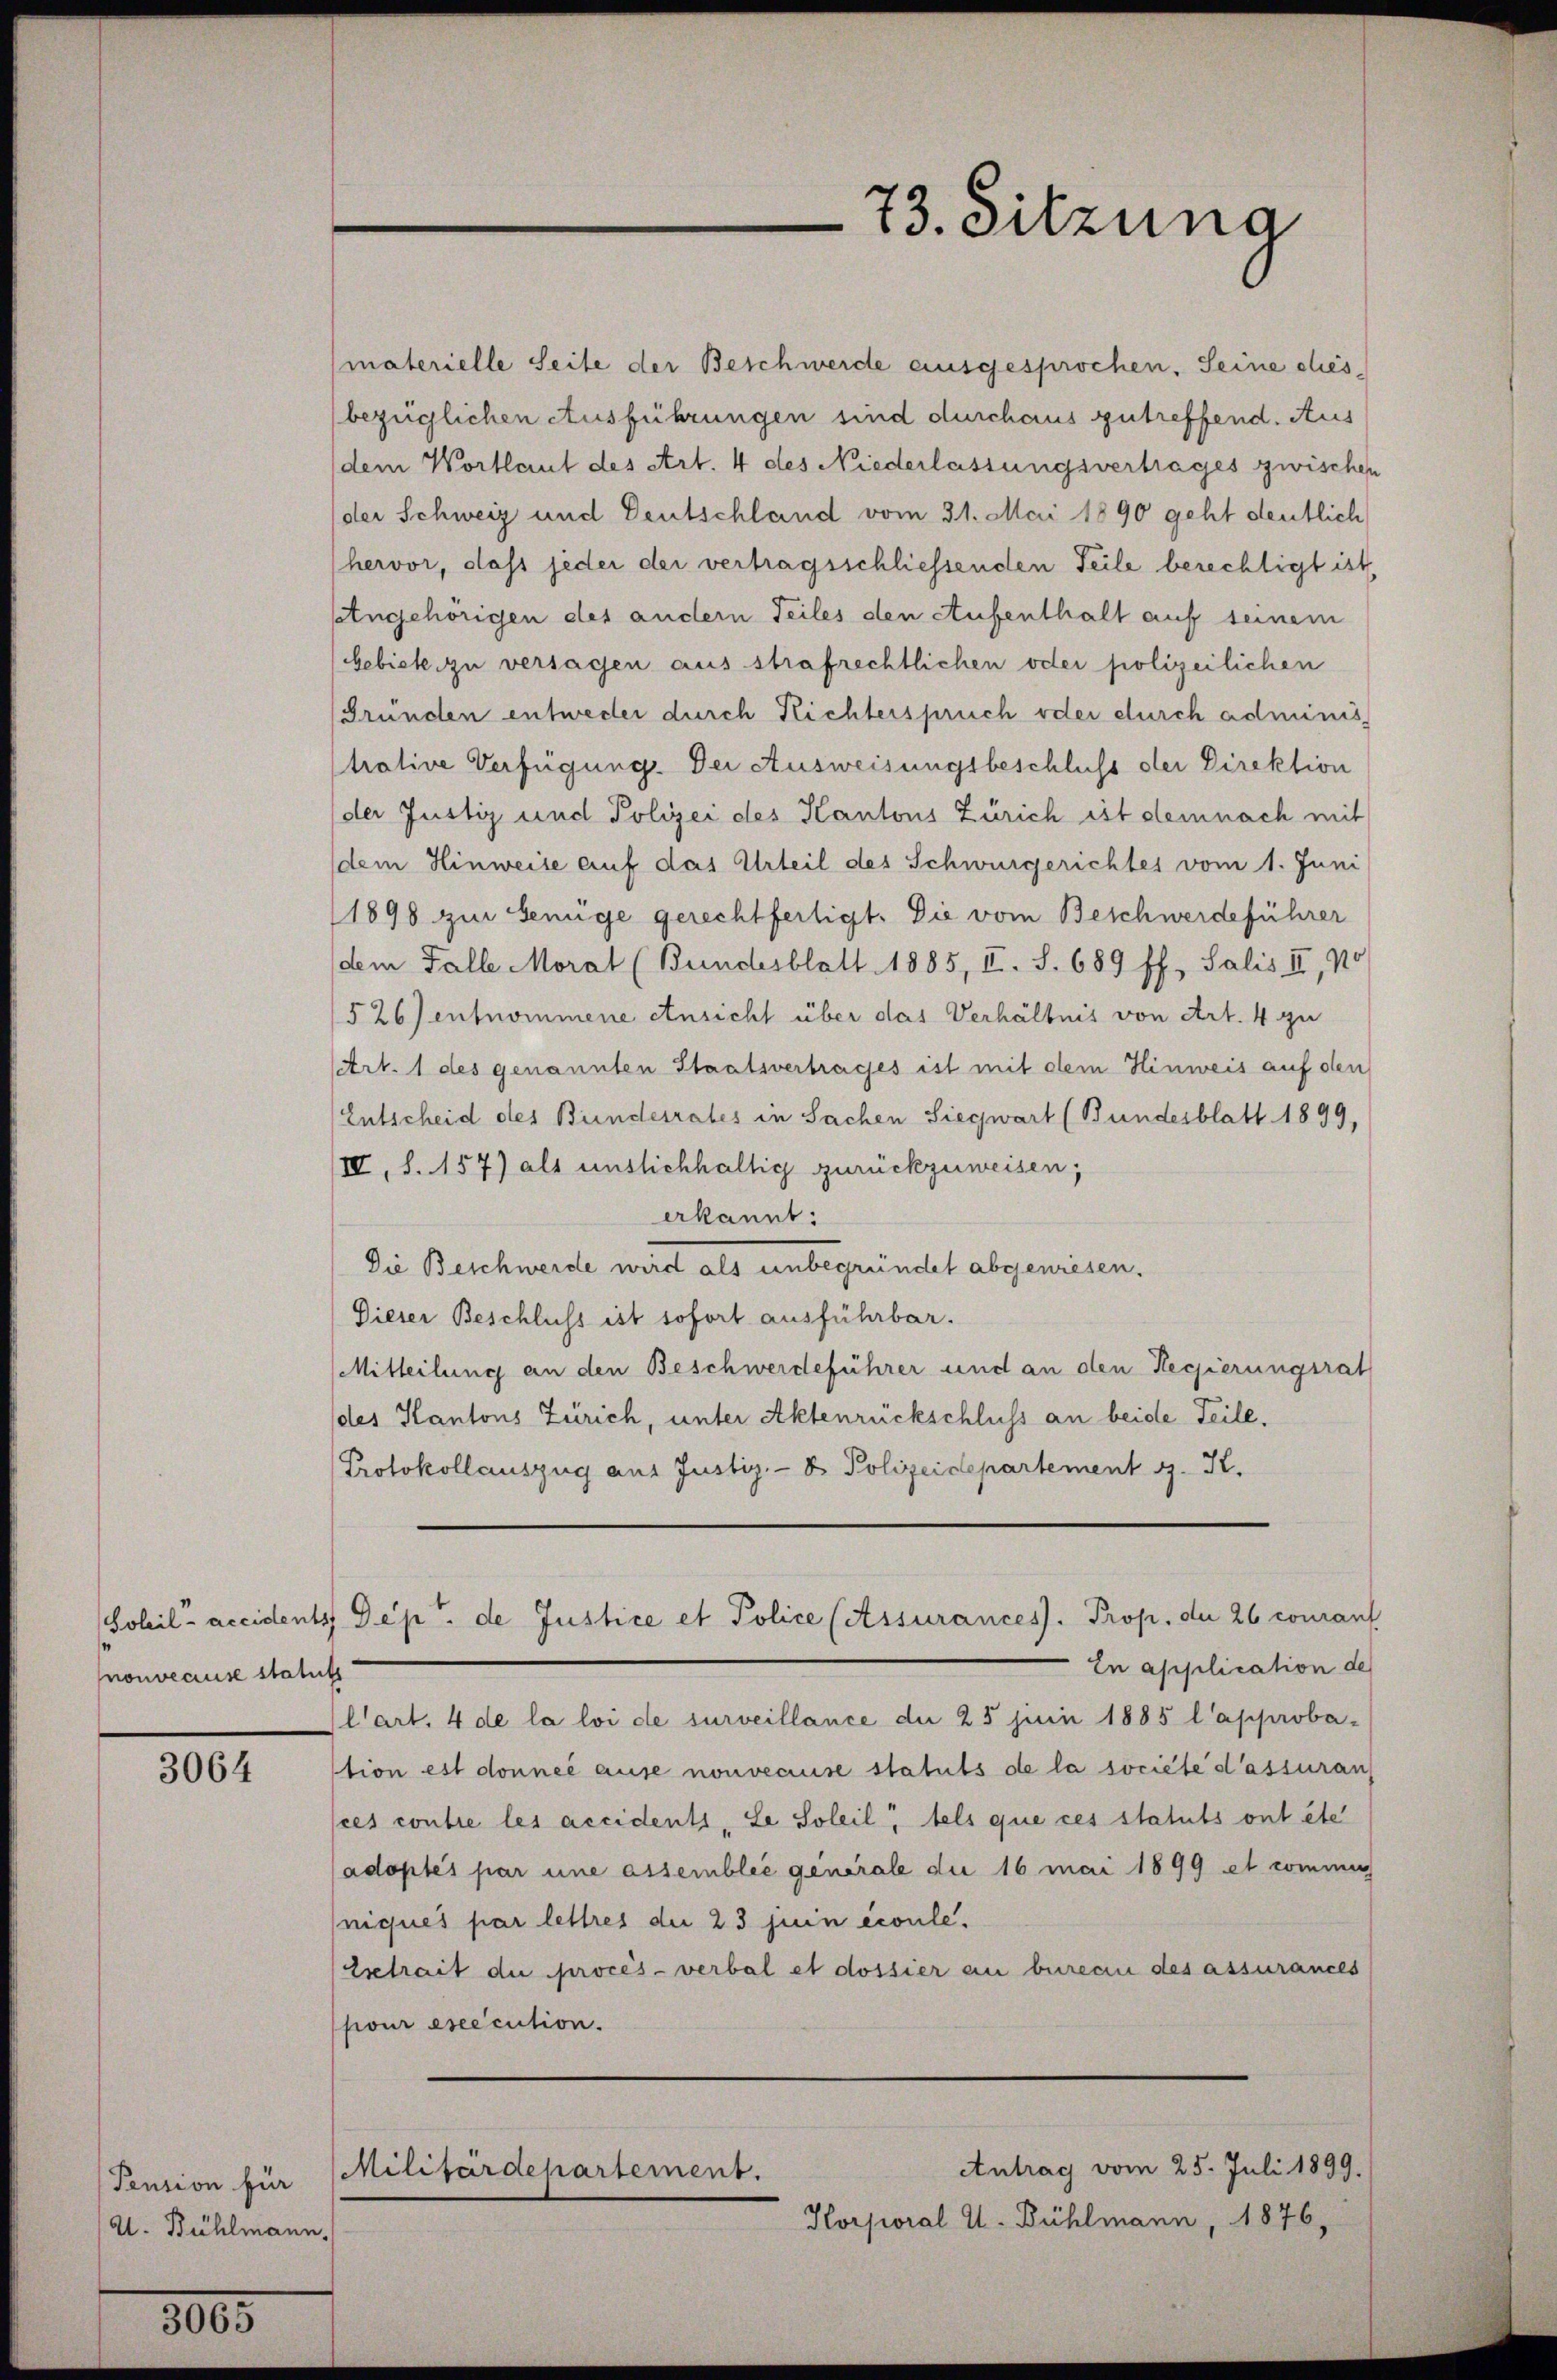
Soleil- accidents
nouveause stat

3064

Pension für
A. Bühlmann,

8005

73. Sitzung

materielle Seite der Beschwerde ausgesprochen. Seine chies
(bezüglichen Ausführungen sind durchaus getreffend. Aus
dem Wortlaut des Art. 4 des Niederlassungsvertrages zwischen
der Schweiz und Deutschland vom 31. Mai 1890 geht deutlich
hervor, dass jeder der vertragsschliessenden Teile berechtigt ist
Etngehörigen des andern Teiles den Aufenthalt auf seinem
Gebiete zu versagen aus strafrechtlichen oder polizeilichen
(Gründen entweder durch Richterspruch oder durch adminis
trative Verfügung. Der Ausweisungsbeschluss der Direktion
der Justiz und Polizei des Kantons Zürich ist demnach mit
dem Hinweise auf das Urteil des Schwurgerichtes vom 1. Juni
1898 zur Genüge gerechtfertigt. Die vom Beschwerdeführer
dem Falle Morat (Bundesblatt 1885, II. S. 689 ff., Salis II, No
526) entnommene Ansicht über das Verhältnis von Art. 4 zu
(Art. 1 des genannten Staatsvertrages ist mit dem Hinweis auf den
Entscheid des Bundesrates in Sachen Siegwart (Bundesblatt 1899,
IV, S. 157) als unslichhaltig zurückzuweisen;
erkannt:
Die Beschwerde wird als unbegründet abgewiesen.
Dieser Beschluss ist sofort ausführbar.
Mitteilung an den Beschwerdeführer und an den Regierungsrat
des Kantons Zürich, unter Aktenrückschluss an beide Teile,
Protokollauszug aus Justiz- & Polizeidepartement g. K.
Dep. de Justice et Police (Assurances. Prop. de 26 courant
In application de
l’art. 4 de la loi de surveillance de 25 juni 1885 l approba-
tion est donnée ause nouveause statuts de la societe d’assuran
ces contie les accidents, Le Soleil, tels que ces statuts ont éte
adoptés par une assemblée generale die 16 mai 1899 et commi
niques par lettres der 23 juin écoule¬
Esetrait die procès-verbal et dossier an bureau des assurances
pour execution.

Militärdepartement.

Antrag vom 25. Juli 1899.
Korporal u. Bühlmann, 1876,